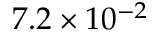
7 . 2 \times 1 0 ^ { - 2 }